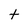
Character: t